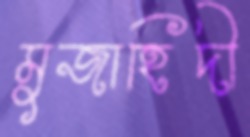
মুজাহিদী